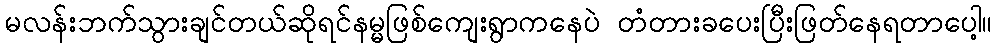
မလန်းဘက်သွားချင်တယ်ဆိုရင်နမ္မဖြစ်ကျေးရွာကနေပဲ တံတားခပေးပြီးဖြတ်နေရတာပေါ့။